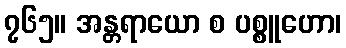
၇၆၅။ အန္တရာယော စ ပစ္စူဟော၊